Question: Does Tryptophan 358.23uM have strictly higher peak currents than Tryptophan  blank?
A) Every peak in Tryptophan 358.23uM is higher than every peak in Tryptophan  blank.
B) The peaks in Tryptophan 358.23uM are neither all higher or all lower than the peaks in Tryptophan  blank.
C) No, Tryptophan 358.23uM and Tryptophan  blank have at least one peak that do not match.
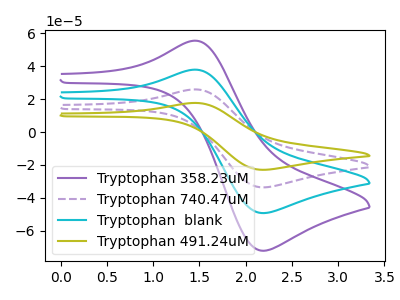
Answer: <think>The purple curve "Tryptophan 358.23uM" has an anodic peak at (1.45V, 55.50uA) and a cathodic peak at (2.20V, -72.15uA). The purple dashed curve "Tryptophan 740.47uM" has an anodic peak at (1.45V, 75.75uA) and a cathodic peak at (2.20V, -98.50uA). The cyan curve "Tryptophan  blank" has an anodic peak at (1.45V, 37.90uA) and a cathodic peak at (2.20V, -49.25uA). The olive curve "Tryptophan 491.24uM" has an anodic peak at (1.45V, 113.65uA) and a cathodic peak at (2.20V, -147.80uA).</think>
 <answer>A) Every peak in "Tryptophan 358.23uM" is higher than every peak in "Tryptophan  blank".</answer>
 <eval>A</eval>